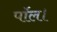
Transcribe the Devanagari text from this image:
पॉल।